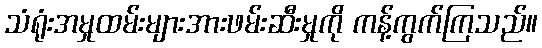
သံရုံးအမှုထမ်းများအားဖမ်းဆီးမှုကို ကန့်ကွက်ကြသည်။